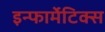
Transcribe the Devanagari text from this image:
इन्फार्मेटिक्स